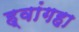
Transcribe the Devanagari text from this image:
ह्वांगहा